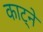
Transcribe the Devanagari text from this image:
काट्ने